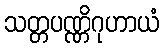
သတ္တပဏ္ဏိဂုဟာယံ